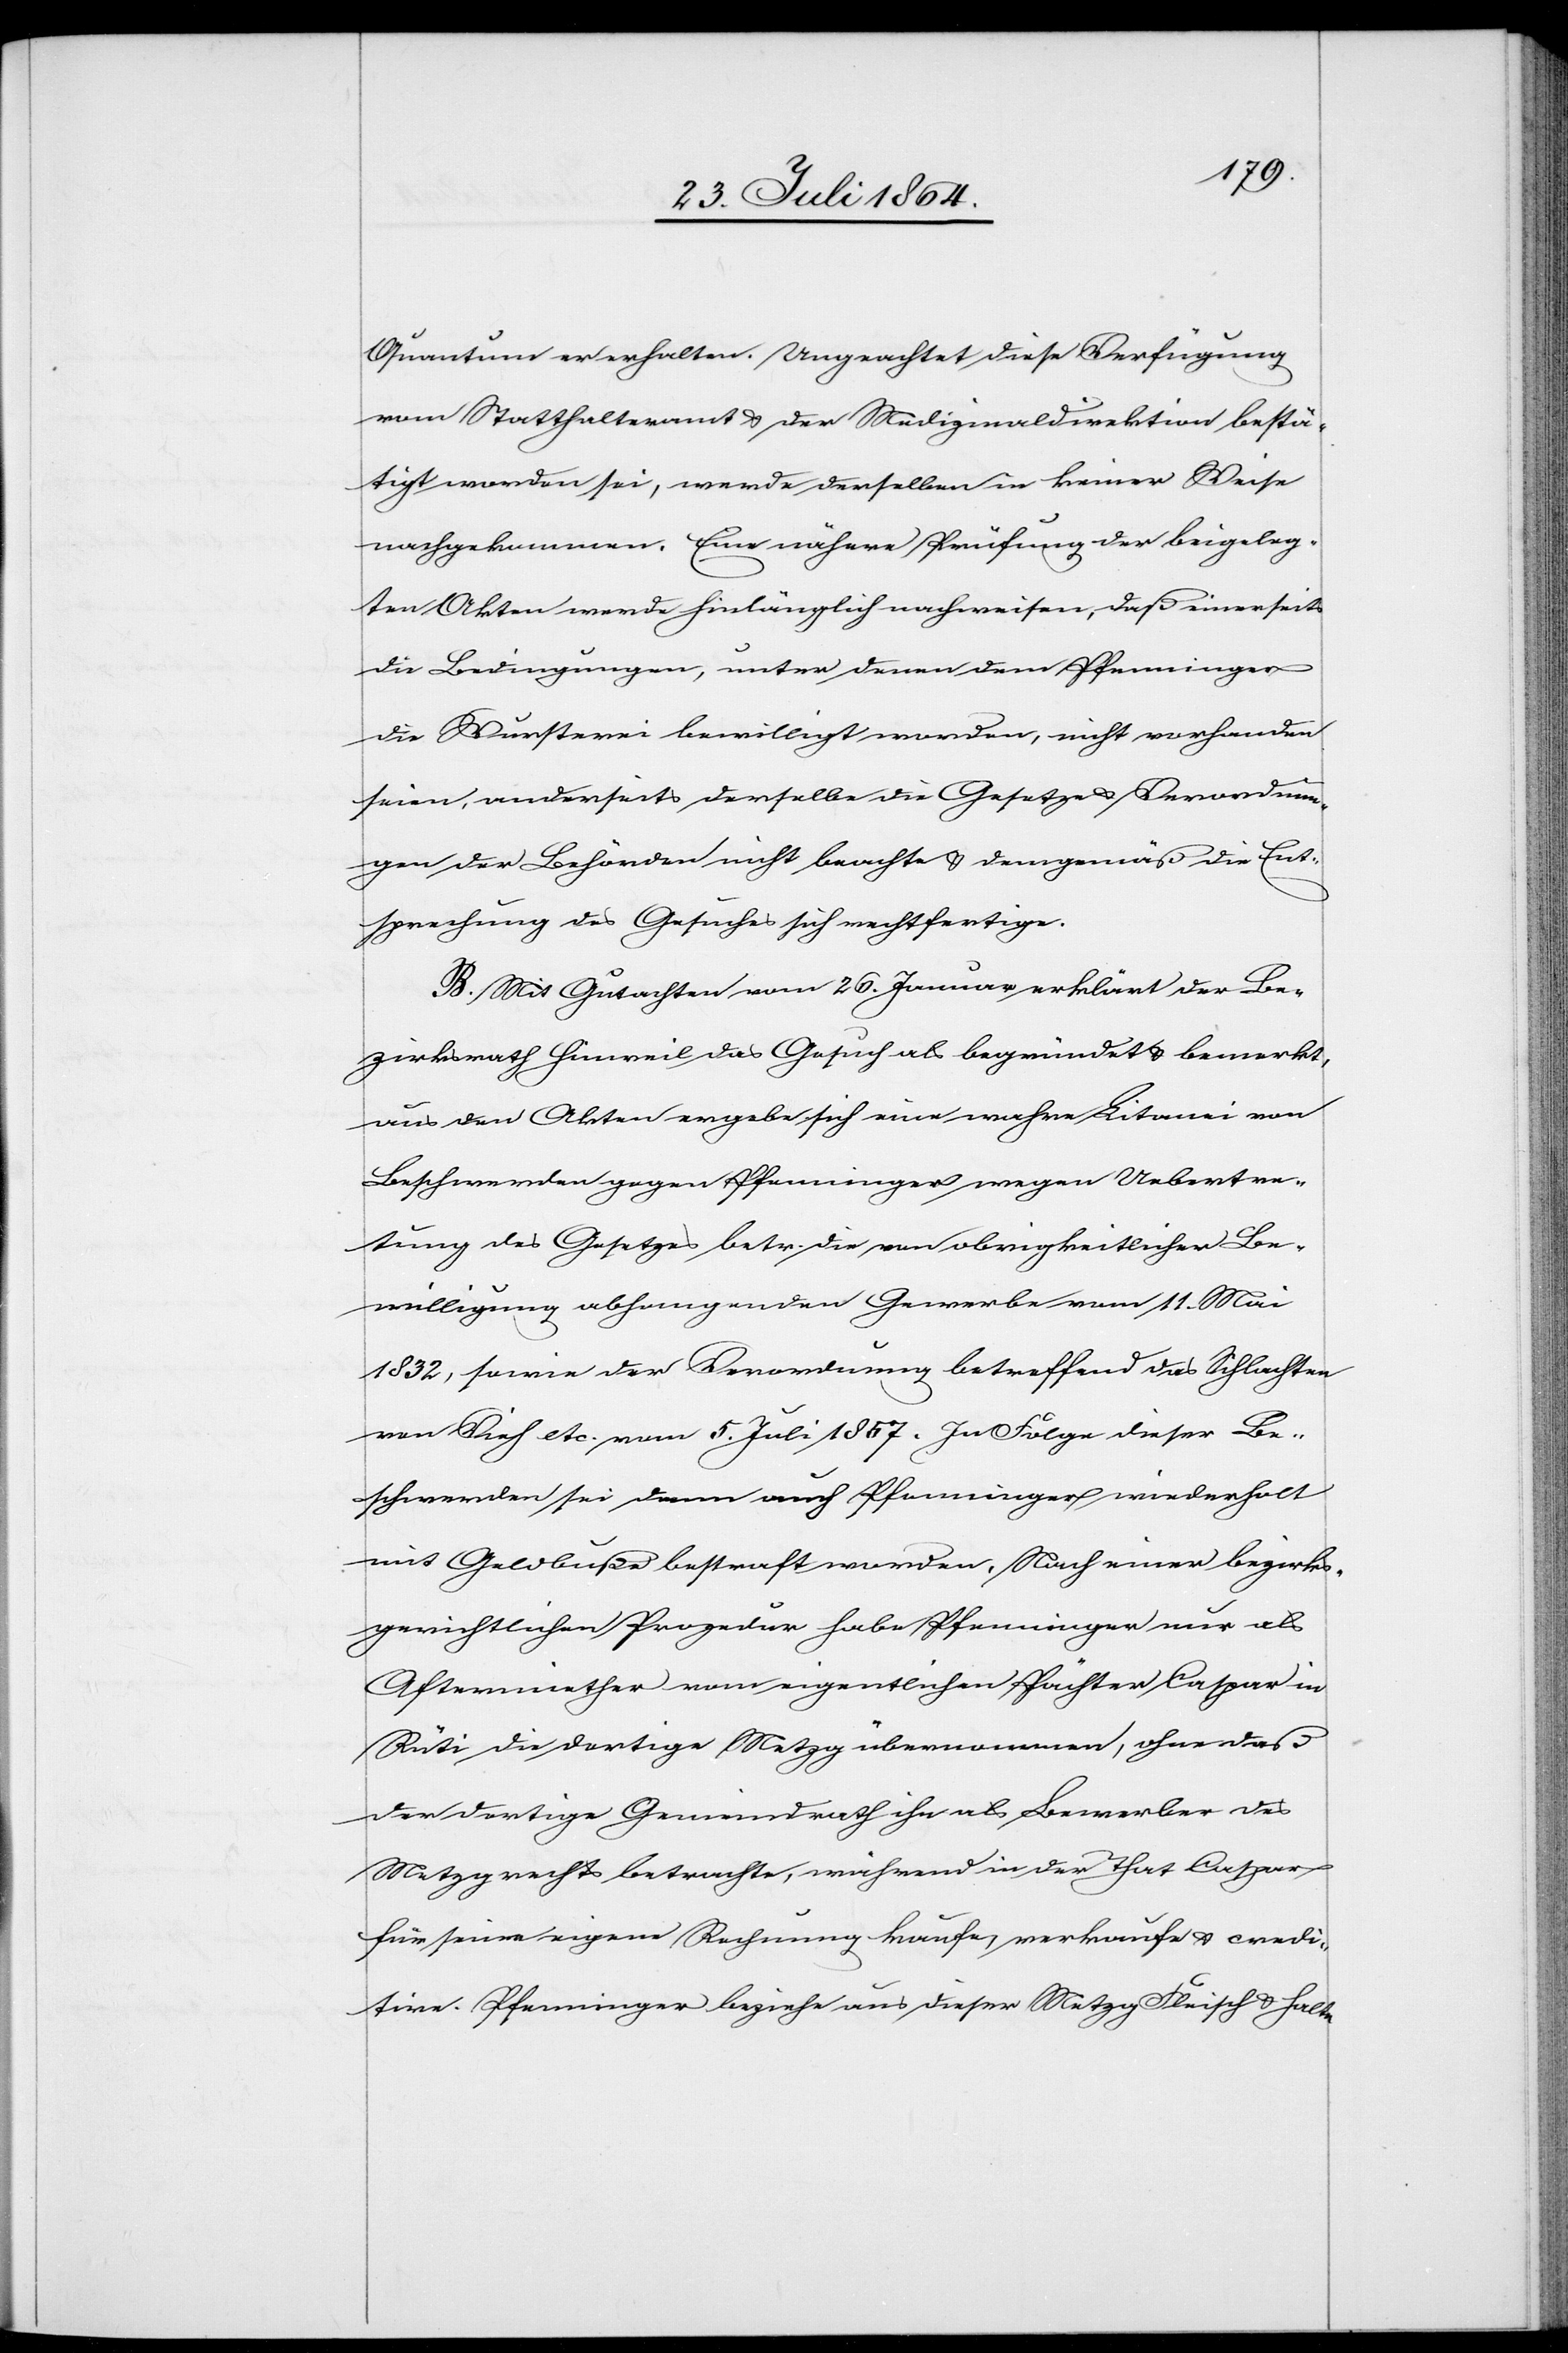
Quantum er erhalten. Ungeachtet dieser Verfügung
vom Statthalteramt & der Medizindirektion bestä¬
tigt worden sei, werde derselben in keiner Weise
nachgekommen. Eine nähre Prüfung der beigeleg¬
ten Akten werde hinlänglich nachweisen, daß einerseits
die Bedingungen, unter denen dem Pfenninger
die Wursterei bewilligt worden, nicht vorhanden
seien, anderseits derselbe die Gesetze & Verordnun¬
gen der Behörden nicht beachte & demgemäß die Ent¬
sprechung des Gesuches sich rechtfertige.
B. Mit Gutachten vom 26. Januar erklärt der Be¬
zirksrath Hinweil das Gesuch als begründet & bemerkt,
aus den Akten ergebe sich eine wahre Litanei von
Beschwerden gegen Pfenninger wegen Uebertre¬
tung des Gesetzes betr. die von obrigkeitlicher Be¬
willigung abhangenden [sic!] Gewerbe vom 11. Mai
1832, sowie der Verordnung betreffend das Schlachten
von Vieh etc. vom 5. Juli 1857. In Folge dieser Be¬
schwerden sei dann auch Pfenninger wiederholt
mit Geldbuße bestraft worden. Nach einer bezirks¬
gerichtlichen Prozedur habe Pfenninger nur als
Aftermiether vom eigentlichen Pächter Caspar in
Rüti die dortige Metzg übernommen, ohne daß
der dortige Gemeindrath ihn als Bewerber des
Metzgrechts betrachte, während in der That Caspar
für seine eigene Rechnung kaufe, verkaufe & credi¬
tire. Pfenninger beziehe aus dieser Metzg Fleisch & halte